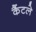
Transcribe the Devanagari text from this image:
कैंटले